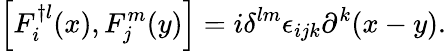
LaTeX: \left[F_{i}^{\dagger l}(x),F_{j}^{m}(y)\right]=i\delta^{lm}\epsilon_{ijk}\partial^{k}(x-y).